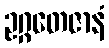
ဥဂ္ဂတေဇာနံ